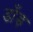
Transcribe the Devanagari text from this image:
डाँड़